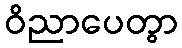
ဝိညာပေတွာ